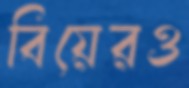
বিয়েরও